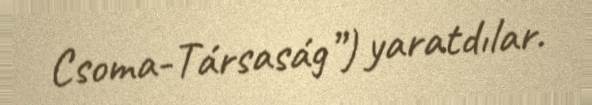
Csoma-Társaság”) yaratdılar.